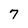
Character: 7